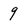
Character: 9